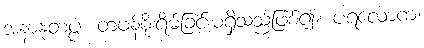
အနာနုတပ္ပံ၊ တဖန်စိုးရိမ်ခြင်းမရှိသည်ဖြစ်၍။ ပရလောကံ၊